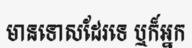
មានទោសដែរទេ ឬក៏អ្នក